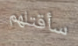
سأقتلهم